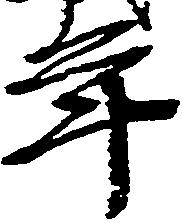
年